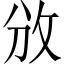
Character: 攽